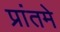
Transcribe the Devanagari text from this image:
प्रांतमे